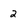
Character: 2